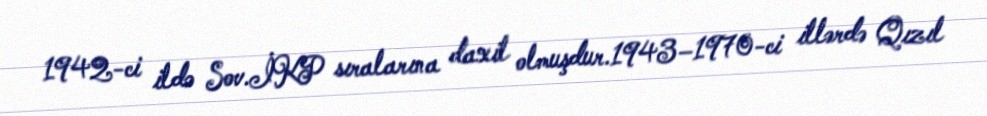
1942-ci ildə Sov.İKP sıralarına daxil olmuşdur.1943–1970-ci illərdə Qızıl